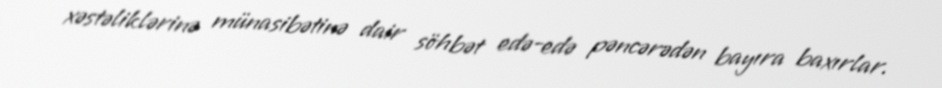
xəstəliklərinə münasibətinə dair söhbət edə-edə pəncərədən bayıra baxırlar.